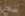
ضعى